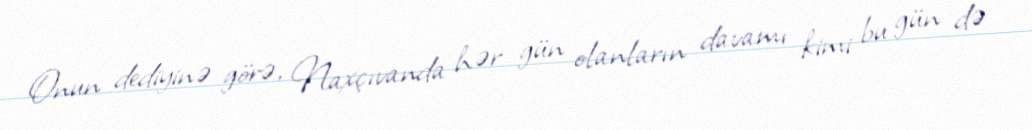
Onun dediyinə görə, Naxçıvanda hər gün olanların davamı kimi bu gün də